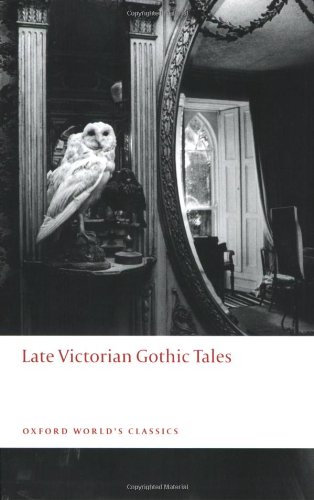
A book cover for Late Victorian Gothic Tales (Oxford World's Classics); Literature & Fiction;